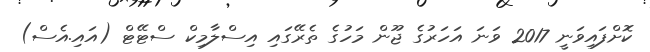
ކޮށްފައިވަނީ 2017 ވަނަ އަހަރުގެ ޖޫން މަހުގެ ތެރޭގައި އިސްލާމިކް ސްޓޭޓް (އައި.އެސް)